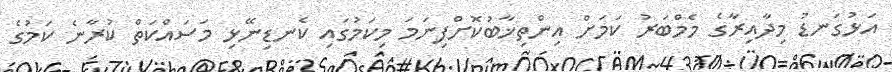
އަޅުގަނޑު މިދާއިރާގެ މެމްބަރު ކަމަށް އިންތިޚާބުކޮށްފިނަމަ މިކަމުގައި ކެނޑިނޭޅި މަސައްކަތް ކުރާނެ ކަމުގެ